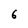
Character: 6